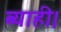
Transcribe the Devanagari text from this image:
ब्याही।